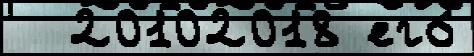
  20102018 его́